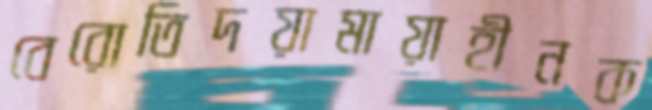
বেরোতিদয়ামায়াহীনক